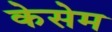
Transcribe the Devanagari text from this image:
केसेम